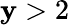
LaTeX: \mathbf{y}>2